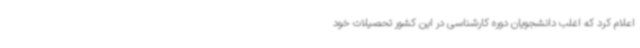
اعلام کرد که اغلب دانشجویان دوره کارشناسی در این کشور تحصیلات خود